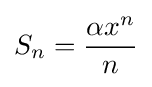
S_{n}={\alpha \,\!x^{n} \over n}